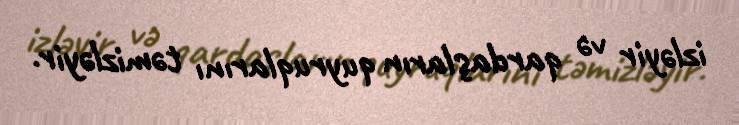
izləyir və qardaşların quyruqlarını təmizləyir.